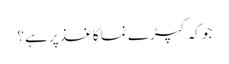
جو کہ کپڑے نما کاغذ پر ہے؟